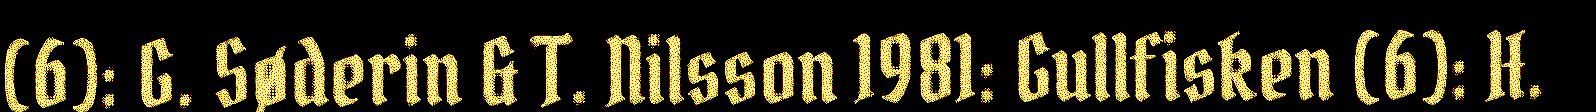
(6): G. Søderin & T. Nilsson 1981: Gullfisken (6): H.